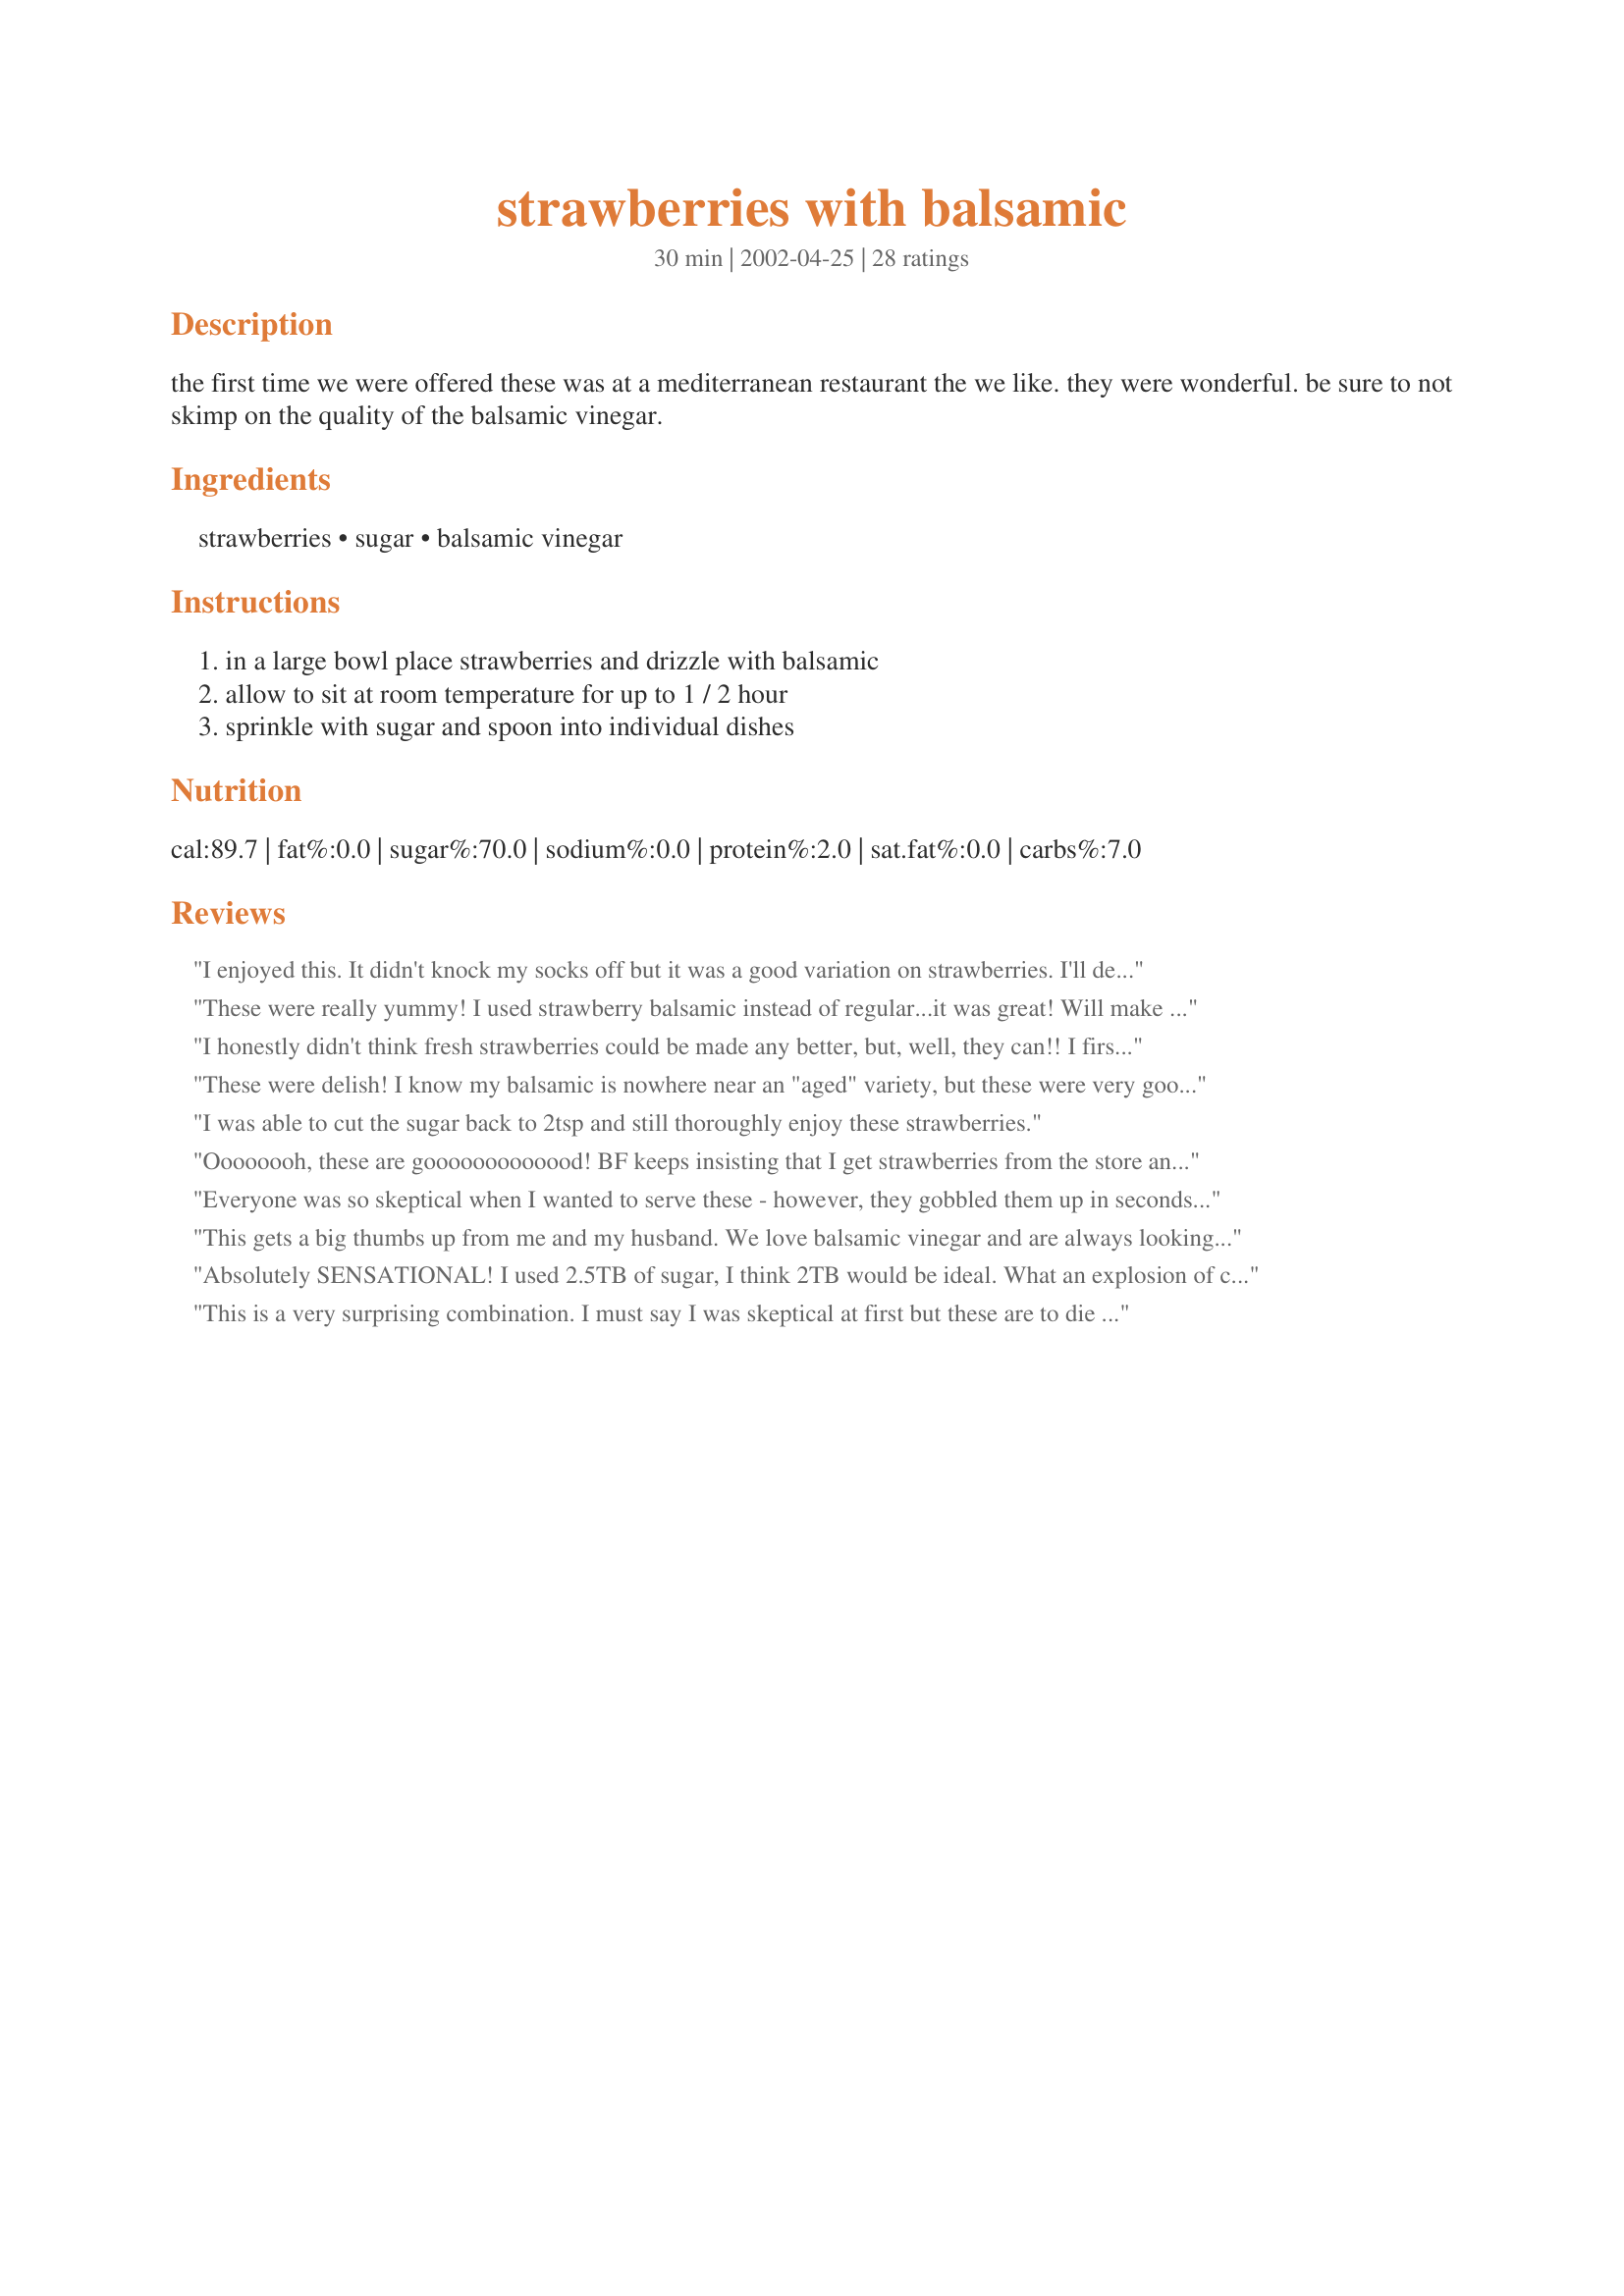
strawberries with balsamic
Preparation time: 30 minutes

the first time we were offered these was at a mediterranean restaurant the we like. they were wonderful. be sure to not skimp on the quality of the balsamic vinegar.

Ingredients:
strawberries, sugar, balsamic vinegar

Steps:
in a large bowl place strawberries and drizzle with balsamic, allow to sit at room temperature for up to 1 / 2 hour, sprinkle with sugar and spoon into individual dishes

Reviews:
I enjoyed this. It didn't knock my socks off but it was a good variation on strawberries. I'll definitely whip this up again when I have company or what have you.
These were really yummy! I used strawberry balsamic instead of regular...it was great! Will make again!
I honestly didn't think fresh strawberries could be made any better, but, well, they can!! I first heard about this when I asked about balsamic vinegar in general here on Zaar - I think it was Uncle Bill who first gave me the idea. This is basically the recipe I've now come to use! Incredibly delicious - and so simple to make!
These were delish! I know my balsamic is nowhere near an "aged" variety, but these were very good. Good enough that DH says we must get a good bottle (spell that $$$) of balsamic. I served in wine glasses layered with the extra creamy cool whip. Thanks for the posting.
I was able to cut the sugar back to 2tsp and still thoroughly enjoy these strawberries.
Oooooooh, these are gooooooooooood! BF keeps insisting that I get strawberries from the store and then refuses to eat them with anything but whipped cream. I convinced him to try this and we loved it. Next time I would do a tad less sugar, but that's just because I would like the balsamic flavor to be a little more definite and the balsamic I use is already pretty sweet. I let them sit at room temp for about 20 minutes and these were amazing, luxurious (if I can use that to describe food) sweet and slightly and delightfully tangy little gems. Thanks for posting- I had heard of the strawberry/balsamic combo, but wasn't sure of the proportions. Hopefully I can convince BF that this is the way to eat strawberries now- its healthier and I think highlights the strawberry flavor nicely.
Everyone was so skeptical when I wanted to serve these - however, they gobbled them up in seconds! Thanks for the great idea! I never would have thought of it myself! Yum!
This gets a big thumbs up from me and my husband. We love balsamic vinegar and are always looking for different ways to use it. Our strawberry bed is starting to produce so we got to use home-grown strawberries. Love the tart mixed with the sweet flavor of the berries. Very yummy and something different. Thanks MG.
Absolutely SENSATIONAL! I used 2.5TB of sugar, I think 2TB would be ideal. What an explosion of complementary flavours this recipe is! Thank you!!!
This is a very surprising combination. I must say I was skeptical at first but these are to die for! I have never been huge on balsamic but like the others said, I may never eat them plain again. I really enjoyed these and they are also great on vanilla ice cream. I love chocolate, but in my opinion these are better than chocolate and strawberries. I have eaten these every day for a week since I found this recipe. Thank you Mysterygirl!
Loved this recipe! I used balsamic glaze from Trader Joe's (which they discontinued--BOOO!) with a bit of Splenda...absolutely fabulous! When I told the kids what we were having for dessert, they both were like, "Ewww, vinegar on strawberries!" but changed their tune and begged for more! Thanks for posting, Mysterygirl!
was pretty good, I didn't think it would be but it was. I used black pepper over it. I ate 2 servings of it.
Completely delicious! I made them to go with lemon scones and had a little leftover fresh squeezed lemon juice so threw that in as well... maybe a teaspoon of it. Also, I mixed the balsamic and sugar together, added about a teaspoon of lemon juice and this made a wonderful marinade for the strawberries. I served them spooned over the lemon scones and then drizzled some of the "marinade" over the top. It would have been even better with a dollop of whipped cream, mascarpone or creme fresh I bet! I'll try that next time. For me, this is now THE ONLY WAY to make strawberry shortcake!
I'm embarassed to say that I have only recently discovered Balsamic Vinegar but boy it sure has been fun since I have. This recipe is easy and wonderful. I'm not big on sour stuff, but with the sugar it gives it plenty of sweetness. Even my husband liked them. Next time I'll have to add some fresh mint sprigs.
The store was out of my usual strawberry balsamic vinegar so I decided to try this recipe out. A little sweeter than I'm used to but loved the way it turned out. The strawberries were delicious over vanilla ice cream.
Followed recipe exactly. Took them to a BDay party today. They were good and I enjoyed them. Got mixed reviews from people. Told them they were marinated - didn't tell them with what. Some people thought they were too sour. Others liked them, but didn't rave about them. The kids opted to eat the fresh uncut strawberries (what can I say, they're kids). Overall, they were good. I will make them again when I want a change from the same ole same ole.
Yum! I've had this many times before, and can't get enough. Delicious!
Wasn't sure what to expect. Wow! So different - noone can put their finger on the secret ingredient! Will become a mainstay. Thanks!
Excellent!
This is just perfect - the only way I serve strawberries now. I use slightly less sugar than called for above. Thanks!
I really liked this. It was so quick to throw together before supper. My husband only said it was okay, but he ate his share nonetheless. We tried sprinkling black pepper on the last few strawberries, as one reviewer suggested, but did not enjoy it at all. Thank you for this recipe!
I would never have put this combination together and thought it would taste so so so good. Have now been eating my strawberries this way ever since I tried this recipe 2 weeks ago, sorry for the late review, but this is fantastic, a definite weekly treat at our house. Thank you.
Amazing recipe! This is so simple but tastes exceptional. I had been given a bag of huge gorgeous strawberries by my boyfriend's mother and they were chilling in the frige. Popped onto Zaar and found this. I happened to have a great bottle of balsamic. I served them chilled. I don't think I'll be eating strawberries any other way now!
I made half of this recipe because I was the only one that would be eating them. I could have eaten a whole batch. LOL. I added a small dash of salt. My strawberries were already room temperature and didn't make the sit time because I couldn't stay out of them. They were excellent.
Although I didn't use a really good balsamic, this was really good. The sweetness of the strawberries was accentuated by the balsamic. I used slightly less sugar than the recipe indicated.
Really delicious. I actually served these alone and then over vanilla ice cream. Great either way.
This is a wonderful way to serve a healthy, low-fat elegant dessert. It really makes the taste buds explode. Try grinding fresh black pepper over the balsamic-flavoured strawberries - you will truly be surprised.
I just picked some fresh strawberries and had myself an afternoon treat - simple & tasty. I used Splenda instead of sugar. Love the flavor of the balsamic with the sweetened berries Thanks
